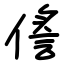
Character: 㑾